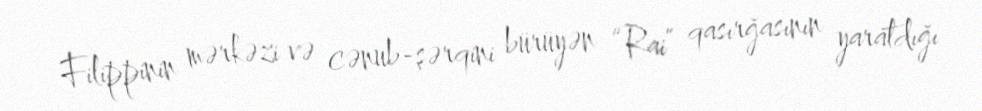
Filippinin mərkəzi və cənub-şərqini bürüyən “Rai” qasırğasının yaratdığı